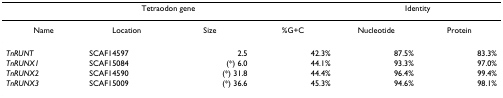
<table><thead><tr><td colspan="4"><b>Tetraodon gene</b></td><td colspan="2"><b>Identity</b></td></tr></thead><tbody><tr><td>Name</td><td>Location</td><td>Size</td><td>%G+C</td><td>Nucleotide</td><td>Protein</td></tr><tr><td><i>TnRUNT</i></td><td>SCAF14597</td><td>2.5</td><td>42.3%</td><td>87.5%</td><td>83.3%</td></tr><tr><td><i>TnRUNX1</i></td><td>SCAF15084</td><td>(*) 6.0</td><td>44.1%</td><td>93.3%</td><td>97.0%</td></tr><tr><td><i>TnRUNX2</i></td><td>SCAF14590</td><td>(*) 31.8</td><td>44.4%</td><td>96.4%</td><td>99.4%</td></tr><tr><td><i>TnRUNX3</i></td><td>SCAF15009</td><td>(*) 36.6</td><td>45.3%</td><td>94.6%</td><td>98.1%</td></tr></tbody></table>